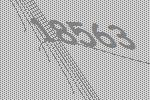
18563